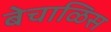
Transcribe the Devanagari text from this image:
बेचाळिस